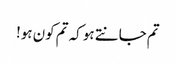
تم جانتے ہو کہ تم کون ہو!